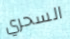
السحري